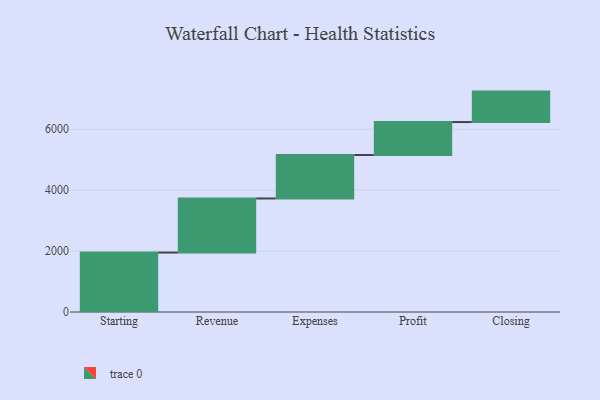
{"axis": {"x": "Step", "y": "Value"}, "legend": [""], "data": [{"x": "Starting", "y": 1952.0, "type": ""}, {"x": "Revenue", "y": 1776.0, "type": ""}, {"x": "Expenses", "y": 1427.0, "type": ""}, {"x": "Profit", "y": 1082.0, "type": ""}, {"x": "Closing", "y": 1000, "type": ""}]}